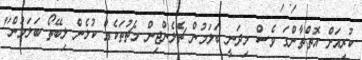
ކުރިއަށް އޮތްތާންގަ ވެސް މިދަނީ ބަލަމުން ޗެލެންޖިން މެޗުތަކެއް ކުޅެން ލިބޭތޯ ބަލަމުން"